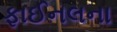
ફાઈનલના